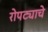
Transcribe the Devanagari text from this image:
रोपट्याचे